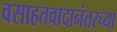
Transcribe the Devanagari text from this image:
वसाहतवादानंतरच्या